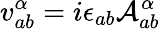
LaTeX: v_{ab}^{\alpha}=i\epsilon_{ab}\mathcal{A}_{ab}^{\alpha}